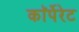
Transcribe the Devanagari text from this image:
काॅर्पेरेट